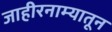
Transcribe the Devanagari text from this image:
जाहीरनाम्यातून